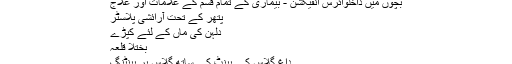
بچوں میں داخلوائرس انفیکشن - بیماری کے تمام قسم کے علامات اور علاج
پتھر کے تحت آرائشی پلاسٹر
دلہن کی ماں کے لئے کپڑے
بختلا قلعہ
داغ گلاس کے پینٹ کے ساتھ گلاس پر پینٹنگ